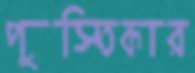
পুস্তিকার